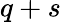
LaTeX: q+s